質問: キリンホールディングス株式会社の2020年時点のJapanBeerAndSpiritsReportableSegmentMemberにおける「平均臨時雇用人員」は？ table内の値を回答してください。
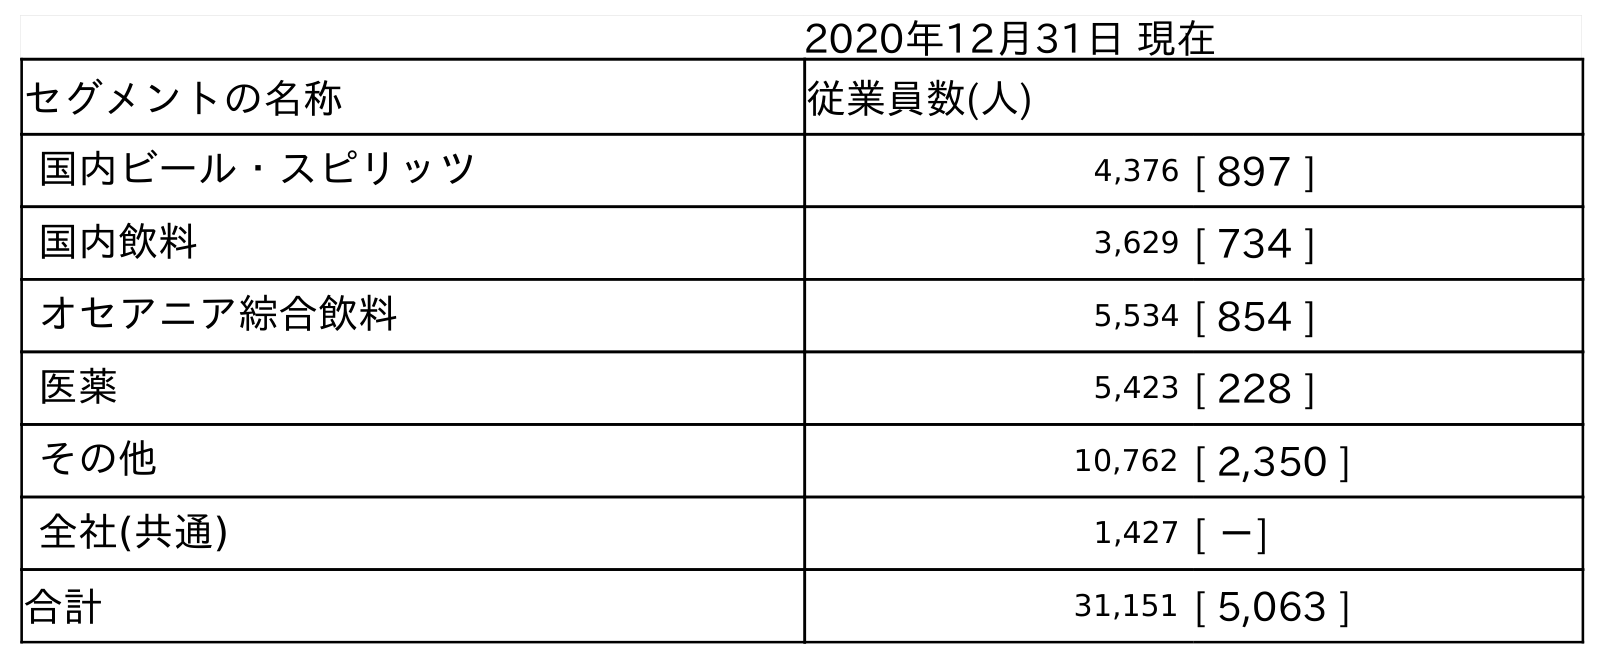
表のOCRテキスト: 2020年12月31日 現在 セグメントの名称 従業員数(人) 国内ビール・スピリッツ 4,376 [ 897 ] 国内飲料 3,629 [ 734 ] オセアニア綜合飲料 5,534 [ 854 ] 医薬 5,423 [ 228 ] その他 10,762 [ 2,350 ] 全社(共通) 1,427 [ －] 合計 31,151 [ 5,063 ]
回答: [897]